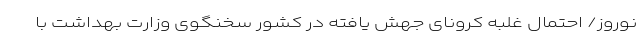
نوروز/ احتمال غلبه کرونای جهش یافته در کشور سخنگوی وزارت بهداشت با